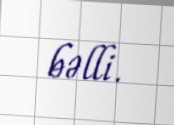
bəlli.